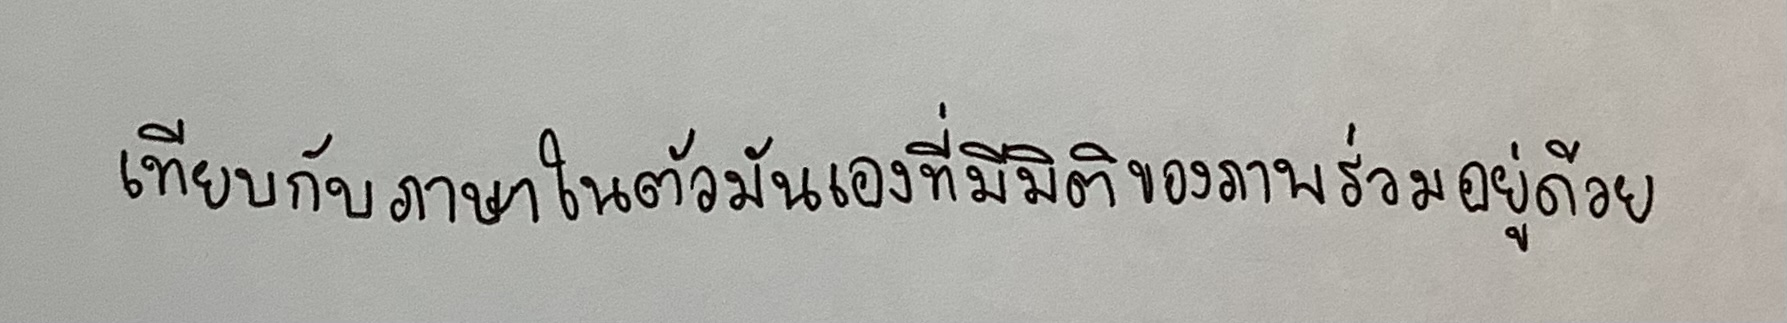
เทียบกับภาษาในตัวมันเองที่มีมิติของภาพร่วมอยู่ด้วย